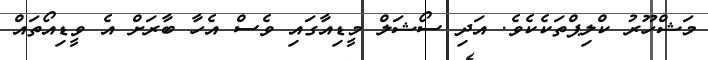
މަޝްހޫރު ކްލިޕްތަކެކެވެ. އަދި ސޯޝަލް މީޑިއާގައި ވެސް އެހާ ބާރަށް އެ ވީޑިއޯތައް